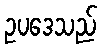
ဥပဒေသည်